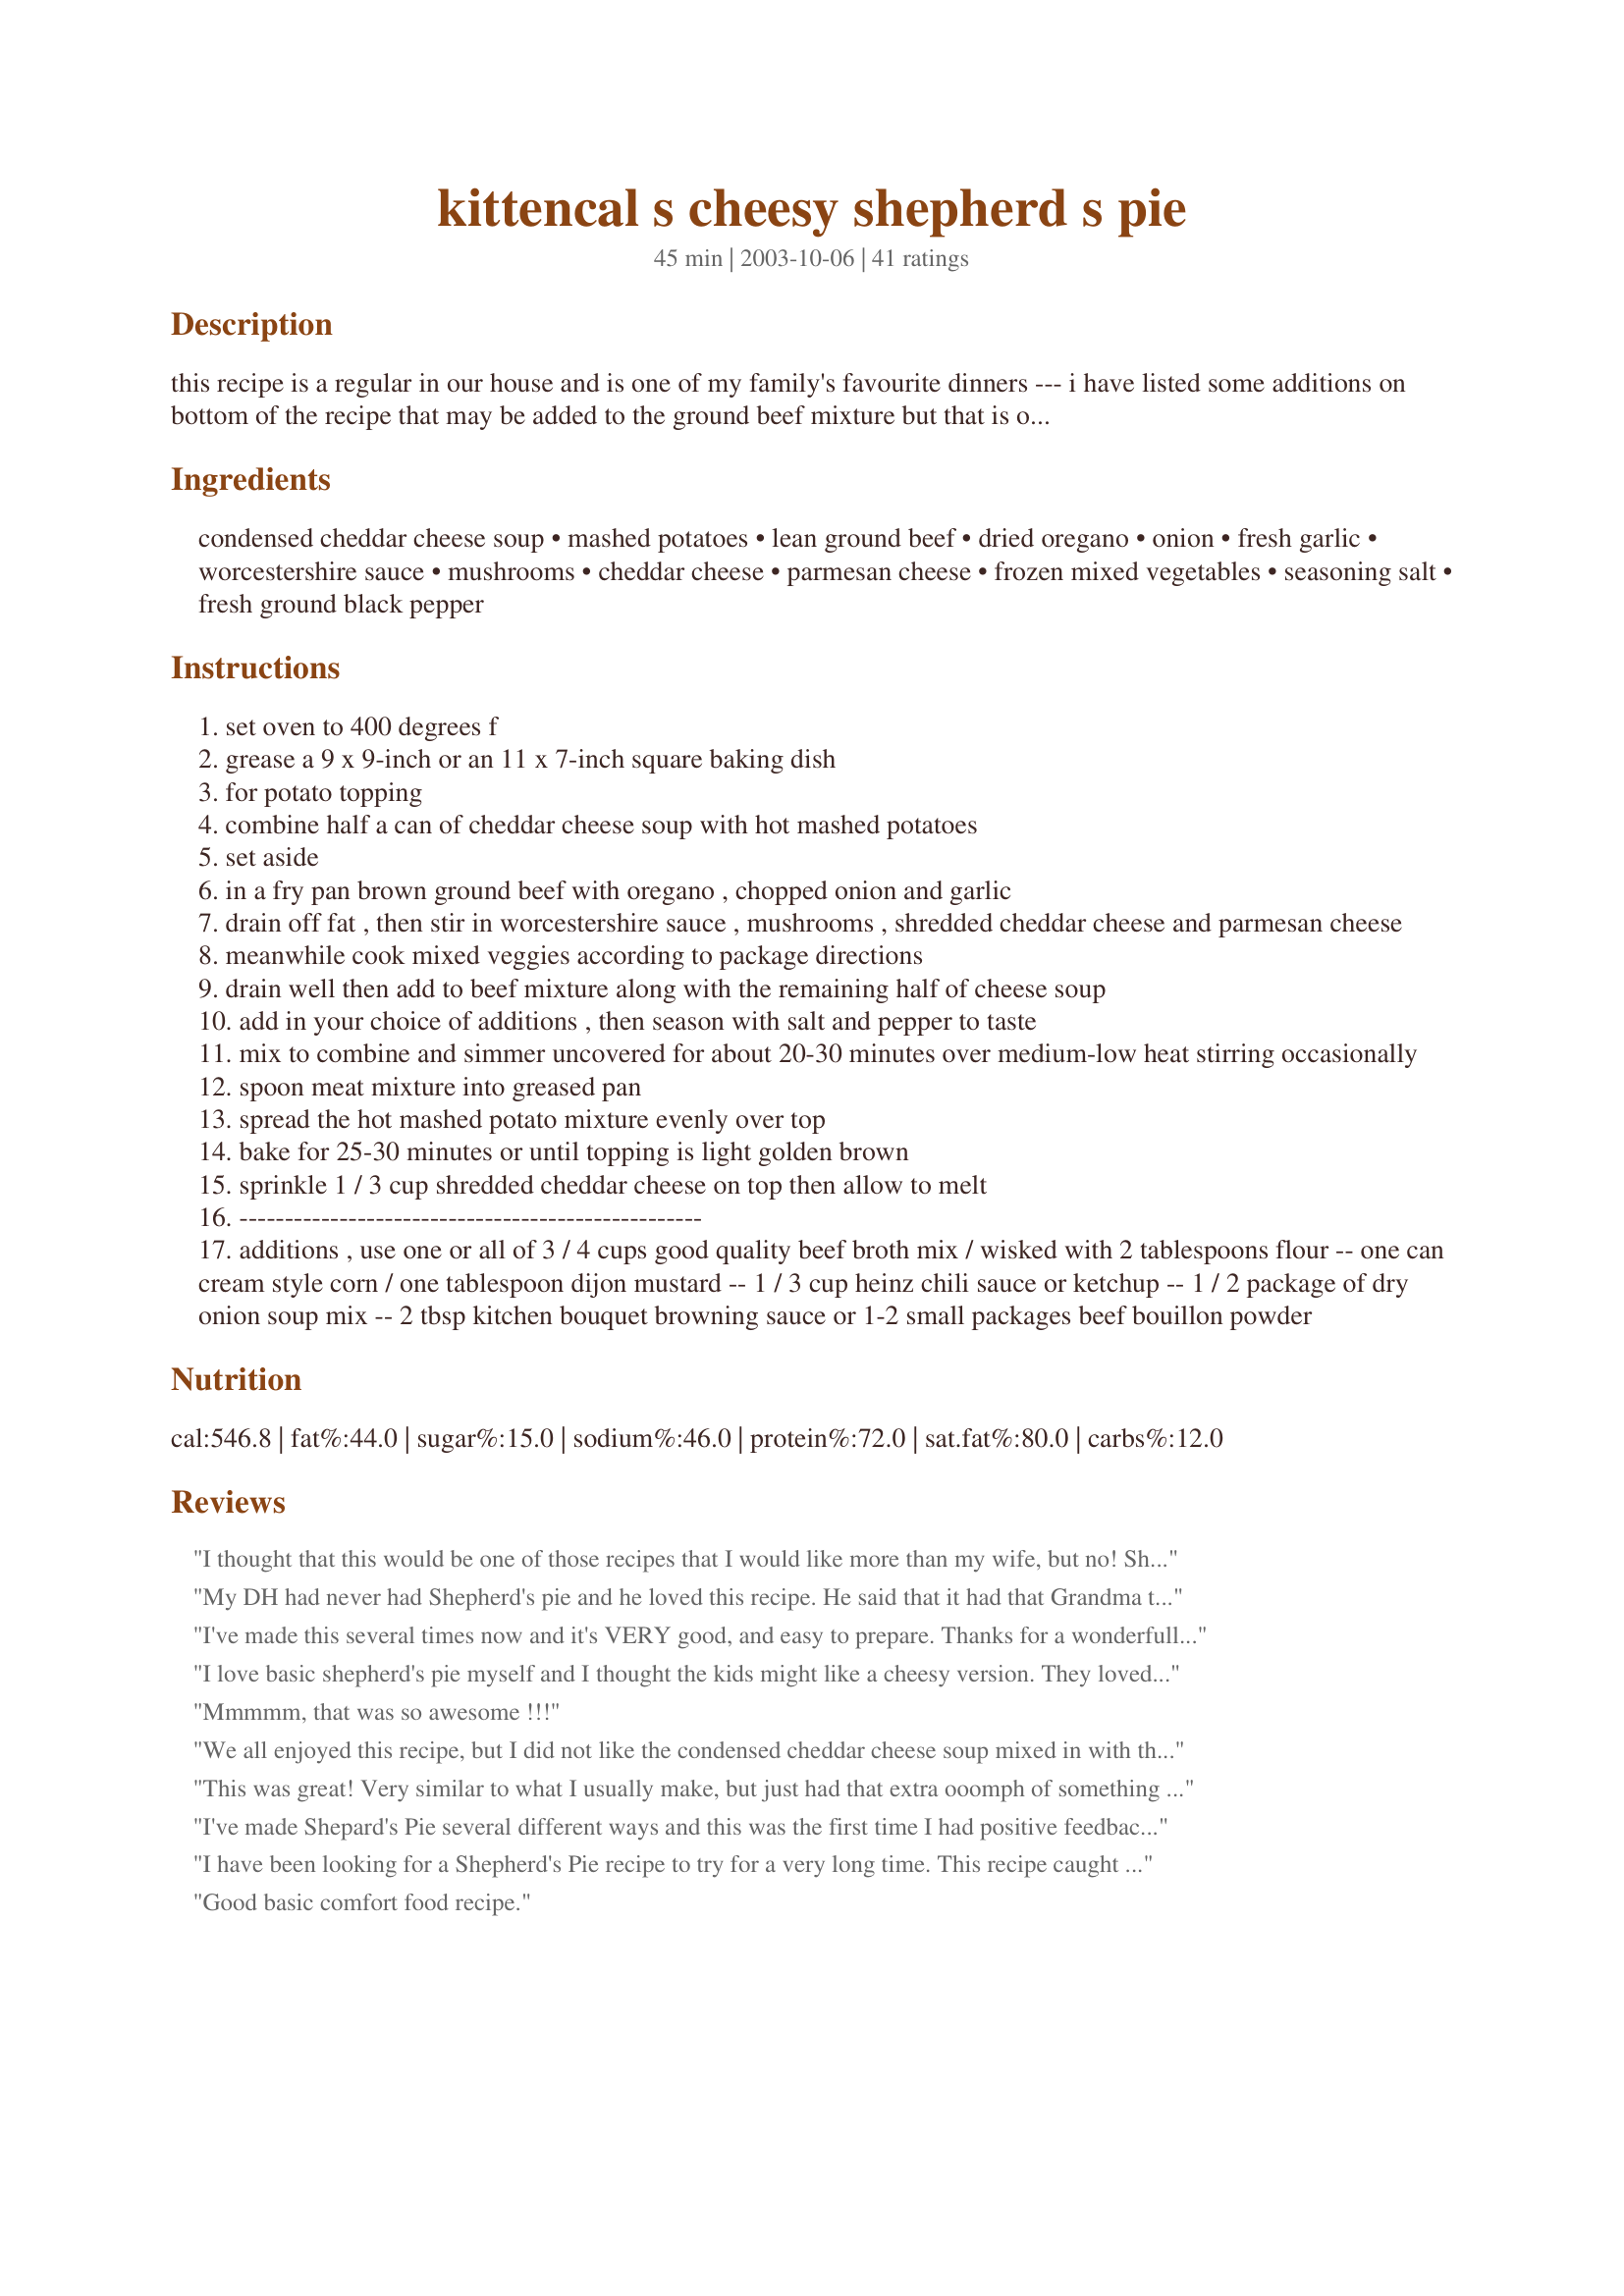
kittencal s cheesy shepherd s pie
Preparation time: 45 minutes

this recipe is a regular in our house and is one of my family's favourite dinners --- i have listed some additions on bottom of the recipe that may be added to the ground beef mixture but that is only optional ---prep time does not include cooking the potatoes

Ingredients:
condensed cheddar cheese soup, mashed potatoes, lean ground beef, dried oregano, onion, fresh garlic, worcestershire sauce, mushrooms, cheddar cheese, parmesan cheese, frozen mixed vegetables, seasoning salt, fresh ground black pepper

Steps:
set oven to 400 degrees f
grease a 9 x 9-inch or an 11 x 7-inch square baking dish
for potato topping
combine half a can of cheddar cheese soup with hot mashed potatoes
set aside
in a fry pan brown ground beef with oregano , chopped onion and garlic
drain off fat , then stir in worcestershire sauce , mushrooms , shredded cheddar cheese and parmesan cheese
meanwhile cook mixed veggies according to package directions
drain well then add to beef mixture along with the remaining half of cheese soup
add in your choice of additions , then season with salt and pepper to taste
mix to combine and simmer uncovered for about 20-30 minutes over medium-low heat stirring occasionally
spoon meat mixture into greased pan
spread the hot mashed potato mixture evenly over top
bake for 25-30 minutes or until topping is light golden brown
sprinkle 1 / 3 cup shredded cheddar cheese on top then allow to melt
---------------------------------------------------
additions , use one or all of 3 / 4 cups good quality beef broth mix / wisked with 2 tablespoons flour -- one can cream style corn / one tablespoon dijon mustard -- 1 / 3 cup heinz chili sauce or ketchup -- 1 / 2 package of dry onion soup mix -- 2 tbsp kitchen bouquet browning sauce or 1-2 small packages beef bouillon powder

Reviews:
I thought that this would be one of those recipes that I would like more than my wife, but no! She loved it, too. I made it as written and the only extra was ketchup. I'll add more extras next time to see how it comes out. Thanks for providing what is going to become a regularly made, family favorite.
My DH had never had Shepherd's pie and he loved this recipe. He said that it had that Grandma taste. Very east to make. I added step 12 and 13 to my pie. Tasted even better the second night we had it. Thanks Kittencal for another terrific recipe.
I've made this several times now and it's VERY good, and easy to prepare. Thanks for a wonderfull recipe!
I love basic shepherd's pie myself and I thought the kids might like a cheesy version. They loved it! Since the kids outnumber the grown-ups, I'll be making it again!
Mmmmm, that was so awesome !!!
We all enjoyed this recipe, but I did not like the condensed cheddar cheese soup mixed in with the mashed potatoes. I thought it gave them a very salty, slightly metallic, artifical flavor when it would have been just as easy to stir in real cheddar cheese. When I made this, I added the ketchup and dijon mustard with great results. Thanks! I'll be making it again!
This was great! Very similar to what I usually make, but just had that extra ooomph of something special! I only used frozen corn though, as DH doesn't like peas or green beans. I did use ground turkey, but otherwise did everything exactly the same. This was so yummy! Extremely easy to prepare and had a wonderful flavor! Thanks Kitten for a definite keeper!!
I've made Shepard's Pie several different ways and this was the first time I had positive feedback from the men in my family. (There are 3 of them) So thank-you Kittencal! I used Moose Hamburger and lots of cheese on top. So yummy!
I have been looking for a Shepherd's Pie recipe to try for a very long time. This recipe caught my eye because of the ingredients. I made it last night and it was very good. It had lots of flavor. My family really liked it too. I will definitely make it again as this will become a staple in my home. Thanks for a great recipe.
Good basic comfort food recipe.
I made this on a whim the other night after reading the description. Fantastic!

My wife and I both enjoyed the cheddar cheese soup in the potatoes. It is after all Cheesy shepherd's pie.

I only used mustard as add-on this time. Next time I will add some beef broth and mabe creamed corn.

This was added to my cookbook. Thanks for another great recipe!
This was very yummy! both my DH and my toddler loved it. I didn't have cheddar cheese soup so I used cream of celery (all I had) and it was still yummy.
As lovers of Shepherds pie, we found this fell a bit short of the regular. But it was tasty, and we will try it again.
This was easy, tasty, and inexpensive. We added canned mushrooms, ketchup, and some corn, and we used boxed instant potatoes because we were in a hurry. It turned out great, and we enjoyed it very much.
This was very good. I used tator tots on top instead of mashed potatoes. My picky kids weren't thrilled with the vegetables, but that's normal for them. We did find it a bit salty, but a good comfort food anyway.
Really good! I adapted a few things because I wanted a more vegetarian meal and I was having to use things I had on hand. I put cream of mushroom soup instead of cheese soup in the meat mixture. I replaced the meat with four crumbled thawed Boca Burgers. I cut out the cheese soup in the mashed potatoes and used shredded cheddar cheese, margarine and a little milk. Husband loved it! Yea!
We really enjoyed this! This makes a lot more than 6 servings, we will get at least 8 out of it. I needed a 9x13 pan to hold everything instead of a 9x9. We did not use any variations and it was great, although next time I may try some corn with it. Thanks for sharing!
Yummy! My very picky toddler even ate this up. Veggies and all. The only thing I did differently was I didn't add the soup to the potato topping. I just piled on a lot of grated cheese. Thanks!
We chose the beef broth and flour chili sauce for our add-ins. This had a different, yummy flavor. I did feel that it was too runny, even with the flour, so we'll adjust that next time. It also needed more potatoes. I cheated and used boxed potatoes and already cooked ground beef. Nice and easy meal!
Easy and good. My 12 year old loved this. The only thing I did differently was that I used some leftover mashed red potatoes to top it. Thanks!
Ok, sorry, just had to sound off again. I made this for the umpteenth time, but added some French's cheddar fried onions on top, during the last 5 minutes of baking. (with a little shredded cheddar.) YUMMY!!!! This one never fails me! Thanks Kitt!!
Absolutely phenomenal!!! Will be making many many many times more.
Excellent! A keeper! I doubled the recipe......my 15 year old daughter decided she doesn't eat beef anymore, so I used ground turkey - worked wonderfully. I was also terribly lazy today, so I used the already-cooked mashed potatoes (not the "instant" kind), which also worked wonderfully! Definitely a dish I will make again.
A wonderful fall/winter dish that is incredibly filling and satisfying. Among some other minor tweaks, rather than using the additions the OP recommended, I used red wine (just a table blend). I just feel like Shepherd's Pie isn't complete without a generous amount of red wine poured into the meat mixture. Thanks for a great and easy base recipe!
It really needs the cheese sauce otherwise there really isn't much flavor. The recipe itself is, in my opinion, a bit scattered as it relies mostly on cooking everything separately and then adding them together in the end. The result is good though. This will be easy to make ahead of time though.
Excellent meal, even potato hating hubby enjoyed it. I have frozen the leftovers in lunch size portions but haven't yet taken them to work to try. Added to my cookbook. Thanks!
This was very good and a change from the standard recipe. Mine was a bit thick so next time I think I will add the full can of soup to the beef mix and skip putting any in the mashed potato's
My first time making this, I forgot to drain the fat from the beef mixture and my potatoes ended up on the runny side -- my fault entirely.

That said, it was still VERY tasty. I'll definitely be trying this recipe again.
Verrrry good recipe. It&#039;s now one of my husband&#039;s most requested meals. I only changed one thing. I only added about 3 tbs of the cheese soup to the mashed potatoes. It was more than enough. Thank you for sharing!!
Made this for supper tonight,its a keeper.Hubby said he,ll have it again anytime.
I wasn't going to review this recipe until I tried to make it again. My fault for a boo boo. I cooked it a tad too long so some parts of the beef got extra cooked. As well I would use a smaller casserole dish than what I did use. The 11" was too large, the 9" would make the layers thicker. For my taste I found the mashed potatoes too cheesy with the soup, I would just put in some cheddar cheese on top only. I added the cream corn and Dijon mustard to the mixture. The meat mixture had a delicious flavor. I will have to attempt this one again with my boo boo's fixed to get a much better taste of it. I have loved all of your recipes Kittencal I am sure this one will be another as well. Thanks
This is a winner! I've made it a few times and the pan always gets licked clean. Great for potlucks too. I add a bit more worcestershire sauce because we like that flavor. Thanks for a great recipe.
This was a very nice Saturday supper. Simple yet tasty. I made it exactly as the recipe said, including the parmesean, and everyone agreed it was a "keeper".
Love this one! i make alot because my husbands friends come over and it's so easy to make, and reheat!
I make this a few times a year. I've adapted it for the crock pot when a heatwave comes in during summer. My SO likes it more when cooked in the crock pot. I'm delighted to have found a new favorite. Thanks so much for posting this recipe. This is true comfort food at its' best.
This was a very tasty Tuesday night dinner. I made a small pan of this last night for my family's dinner, and they loved it! I did not use the mixed vegetables, instead, I used plain broccoli and I added mushrooms!!! Delicious!!! A+++
We really liked this. One of the best shepherds pies I have made.
My husband and kids absolutly loved it. I made two of these last night, one to serve and one to freeze. I'm sure this is going to become a family favorite.
This is the best Shepherd's pie! so tasty, I used frozen vegetables and no garlic, I used leftover mashed potatoes but I wish I had more leftover potatoes, I only had a small amount to put on top, next time I might even add in 2 cans cheddar soup. You just can't go wrong with this recipe! FANTASTIC Kitty!
Maybe I did something wrong. First, I was making it for a crowd, so it was somewhere between 4-5x the original recipe. I did add 2c of broth w/flour, but I think that's what made it so liquidy. My oven was smoking; I was frantically trying to extract the excess liquid w/my baster (which was hard w/the small bits of veggies and meat). I did not add the full amount of cheese, and maybe that would have helped the meat mixture hold together too. The flavor was good; I liked the cheese soup in the mashed potatoes! My kids loved it, even though I had used "restaurant grind" pepper, and thought I had added a bit too much.
Very tasty. I subbed a homemade cream sauce for the canned soup, but otherwise I followed the recipe. I used red potatoes and ground turkey. I also added canned green beans and corn instead of frozen vegetables. It was a hit with everyone! Thanks so much for sharing!
